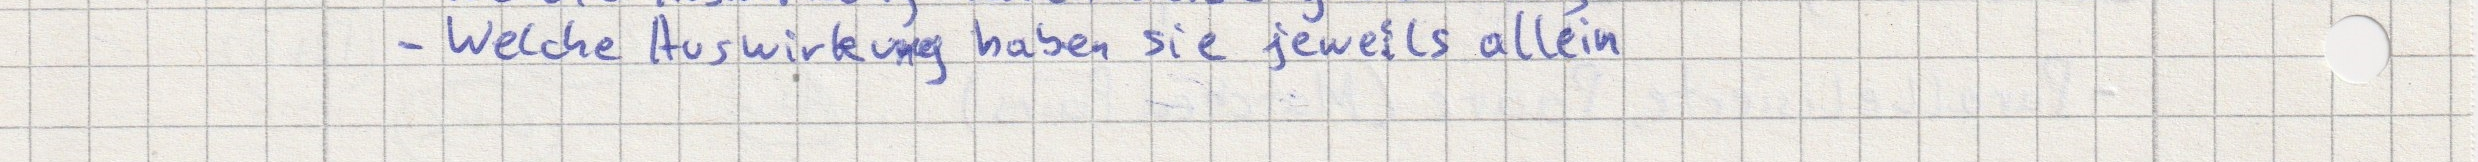
- Welche Auswirkung haben sie jeweils allein